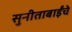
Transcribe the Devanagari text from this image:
सुनीताबाईंचे